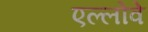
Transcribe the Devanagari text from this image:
एल्लोवे